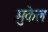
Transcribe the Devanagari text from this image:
मुकेल